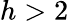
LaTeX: h>2